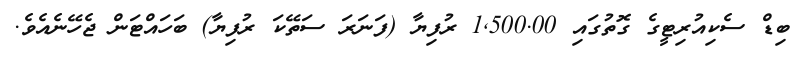
ބިޑް ސެކިއުރިޓީގެ ގޮތުގައި 1